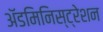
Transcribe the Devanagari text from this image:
अॅडमिनिस्ट्रेशन